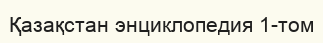
Қазақстан энциклопедия 1-том